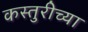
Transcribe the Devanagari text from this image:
कस्तुरीच्या